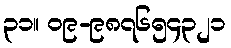
၃၁။ ၀၉-၉၈၇၆၅၄၃၂၁